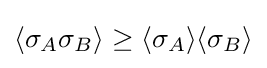
\langle \sigma _{A}\sigma _{B}\rangle \geq \langle \sigma _{A}\rangle \langle \sigma _{B}\rangle